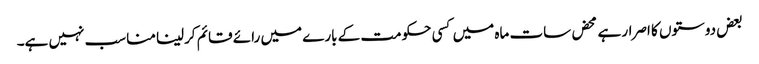
بعض دوستوں کا اصرار ہے محض سات ماہ میں کسی حکومت کے بارے میں رائے قائم کرلینا مناسب نہیں ہے۔